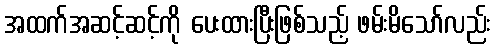
အထက်အဆင့်ဆင့်ကို ပေးထားပြီးဖြစ်သည့် ဖမ်းမိသော်လည်း